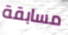
مسابقة